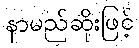
နာမည်ဆိုးဖြင့်